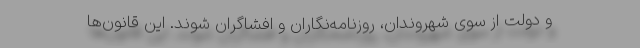
و دولت از سوی شهروندان، روزنامه‌نگاران و افشاگران شوند. این قانون‌ها